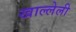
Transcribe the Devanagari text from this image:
खाल्लेली